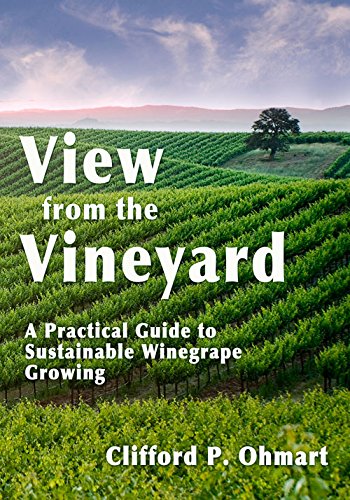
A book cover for View from the Vineyard: A Practical Guide to Sustainable Winegrape Growing; Clifford P. Ohmart; Cookbooks, Food & Wine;